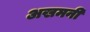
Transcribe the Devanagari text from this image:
अखमनी